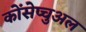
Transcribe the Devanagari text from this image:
कोंसेप्चुअल